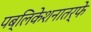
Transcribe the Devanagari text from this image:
पब्लिकेशनातर्फे